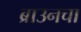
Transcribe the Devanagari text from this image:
ब्राउनचा